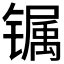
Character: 𰾽